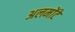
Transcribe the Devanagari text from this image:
अलमोंटे